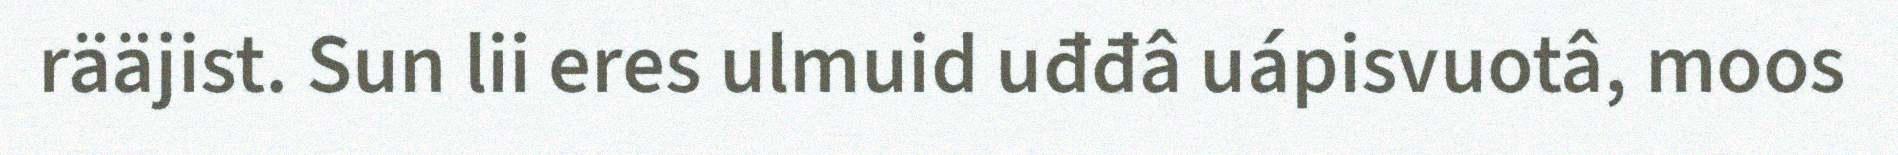
rääjist. Sun lii eres ulmuid uđđâ uápisvuotâ, moos